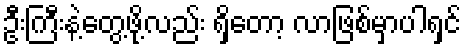
ဦးကြီးနဲ့တွေ့ဖို့လည်း ရှိတော့ လာဖြစ်မှာပါရှင်